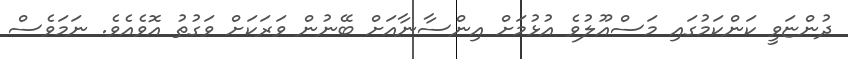
ދުންޏަވީ ކަންކަމުގައި މަސްއޫލުވެ އުޅުމަށް އިންސާނާއަށް ބޭނުން ވަރަކަށް ވަގުތު އޮވެއެވެ. ނަމަވެސް